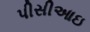
પીસીઆઇ